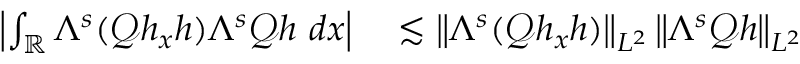
\begin{array} { r l } { \left| \int _ { \mathbb R } \Lambda ^ { s } ( \mathscr { Q } h _ { x } h ) \Lambda ^ { s } \mathscr { Q } h \ d x \right| } & { { } \lesssim \left\| \Lambda ^ { s } ( \mathscr { Q } h _ { x } h ) \right\| _ { L ^ { 2 } } \left\| \Lambda ^ { s } \mathscr { Q } h \right\| _ { L ^ { 2 } } } \end{array}